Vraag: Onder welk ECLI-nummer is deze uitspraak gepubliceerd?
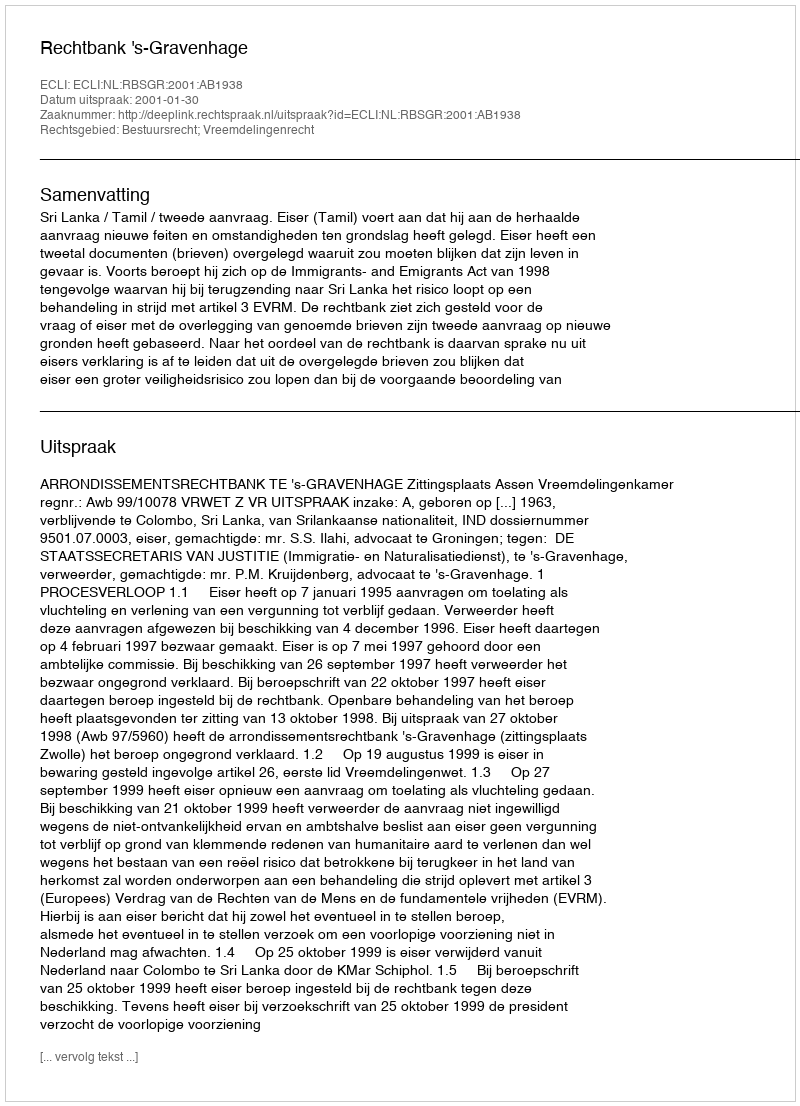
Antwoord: ECLI:NL:RBSGR:2001:AB1938